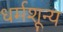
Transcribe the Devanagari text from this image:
धर्मशून्य